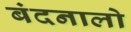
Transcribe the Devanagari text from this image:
बंदनालो